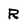
Character: R